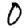
Digit: 0